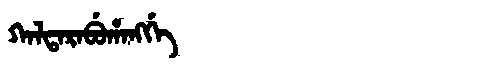
Manchu: ᡴᠠᠯᡨᠠᡵᠠᠪᡠᡥᠠᠩᡤᡝ
Romanization: KALTARABUHANGGE